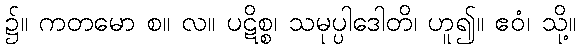
၌။ ကတမော စ။ လ။ ပဋိစ္စ၊ သမုပ္ပါဒေါတိ၊ ဟူ၍။ ဧဝံ၊ သို့။